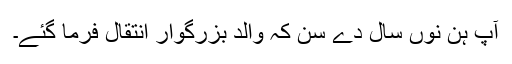
آپ ہن نوں سال دے سن کہ والد بزرگوار انتقال فرما گئے۔